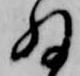
為